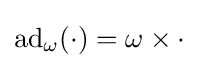
\operatorname {ad} _{\omega }(\cdot )=\omega \times \cdot